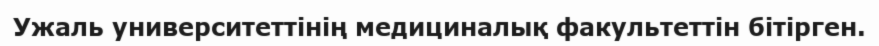
Ужаль университеттінің медициналық факультеттін бітірген.